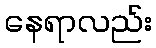
နေရာလည်း